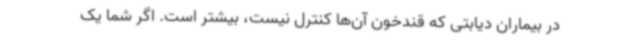
در بیماران دیابتی که قندخون آن‌ها کنترل نیست، بیشتر است. اگر شما یک